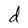
Character: d